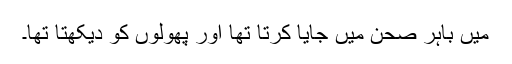
میں باہر صحن میں جایا کرتا تھا اور پھولوں کو دیکھتا تھا۔